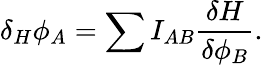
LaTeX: \delta_{H}\phi_{A}=\sum I_{AB}{\frac{\delta H}{\delta\phi_{B}}}.